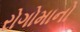
રોગોમાનો